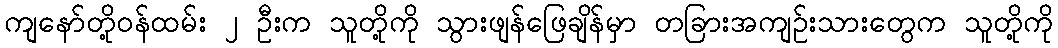
ကျနော်တို့ဝန်ထမ်း ၂ ဦးက သူတို့ကို သွားဖျန်ဖြေချိန်မှာ တခြားအကျဉ်းသားတွေက သူတို့ကို